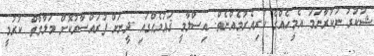
ޝުކުރު ނުކުރާނަމަ އެމީހެއްގެ ކުރިއެރުމެއްނެތް. އިސްލާމީ ޤައުމެއްގައި ދީނަށް ފުރައްސާރުކޮށް މަލާމާތް ކުރުމީ